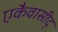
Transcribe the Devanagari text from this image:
एकैवासीद्